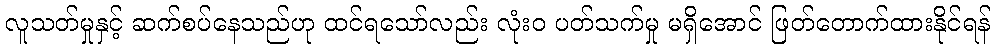
လူသတ်မှုနှင့် ဆက်စပ်နေသည်ဟု ထင်ရသော်လည်း လုံးဝ ပတ်သက်မှု မရှိအောင် ဖြတ်တောက်ထားနိုင်ရန်